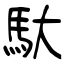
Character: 馱